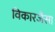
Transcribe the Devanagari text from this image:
विकारजैसा